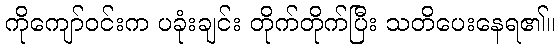
ကိုကျော်ဝင်းက ပခုံးချင်း တိုက်တိုက်ပြီး သတိပေးနေရ၏။